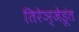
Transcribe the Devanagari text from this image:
तिरेञ्जेडूंत